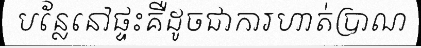
បន្លែនៅផ្ទះគឺដូចជាការហាត់ប្រាណ